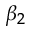
\beta _ { 2 }